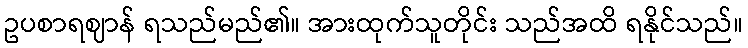
ဥပစာရဈာန် ရသည်မည်၏။ အားထုက်သူတိုင်း သည်အထိ ရနိုင်သည်။